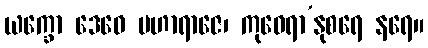
ယက္ခော ဒေဝေ မဟာရာဇေ၊ ကုဝေရာ’နုစရေ နရေ။